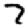
Digit: 7